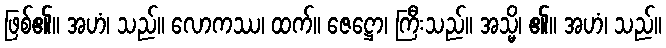
ဖြစ်၏။ အဟံ၊ သည်။ လောကဿ၊ ထက်။ ဇေဋ္ဌော၊ ကြီးသည်။ အသ္မိ၊ ၏။ အဟံ၊ သည်။